Insane asylums in Bengal annual reports 1867-1875 - 1867-1875
Year: 1867
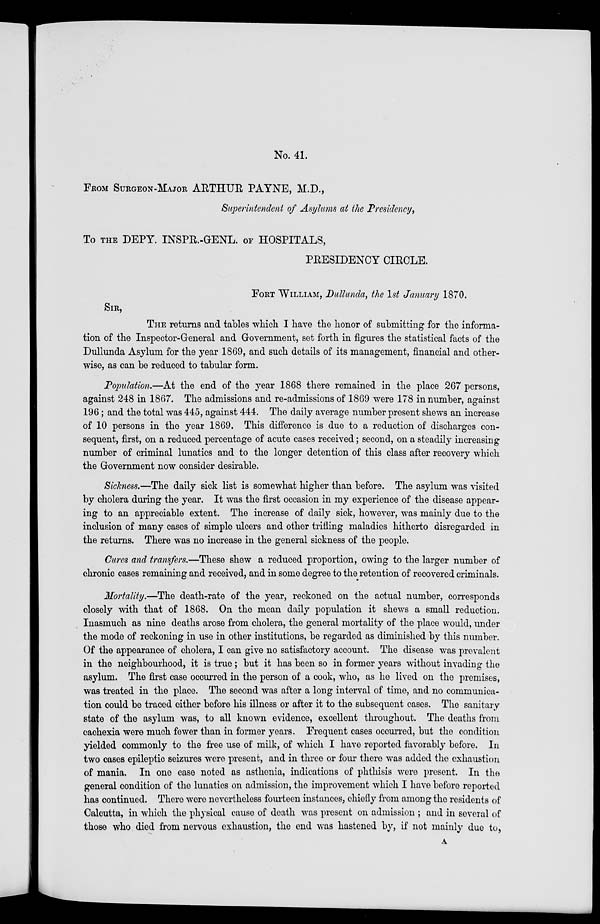
No. 41.
FROM SURGEON-MAJOR ARTHUR PAYNE, M.D.,
Superintendent of Asylums at the Presidency,
To THE DEPY. INSPR.-GENL. OF HOSPITALS,
PRESIDENCY CIRCLE.
FORT WILLIAM, Dullunda, the 1st January 1870.
SIR,
THE returns and tables which I have the honor of submitting for the informa-
tion of the Inspector-General and Government, set forth in figures the statistical facts of the
Dullunda Asylum for the year 1869, and such details of its management, financial and other-
wise, as can be reduced to tabular form.
Population.—At the end of the year 1868 there remained in the place 267 persons,
against 248 in 1867. The admissions and re-admissions of 1869 were 178 in number, against
196; and the total was 445, against 444. The daily average number present shews an increase
of 10 persons in the year 1869. This difference is due to a reduction of discharges con-
sequent, first, on a reduced percentage of acute cases received; second, on a steadily increasing
number of criminal lunatics and to the longer detention of this class after recovery which
the Government now consider desirable.
Sickness.—The daily sick list is somewhat higher than before. The asylum was visited
by cholera during the year. It was the first occasion in my experience of the disease appear-
ing to an appreciable extent. The increase of daily sick, however, was mainly due to the
inclusion of many cases of simple ulcers and other trifling maladies hitherto disregarded in
the returns. There was no increase in the general sickness of the people.
Cures and transfers.—These shew a reduced proportion, owing to the larger number of
chronic cases remaining and received, and in some degree to the retention of recovered criminals.
Mortality.—The death-rate of the year, reckoned on the actual number, corresponds
closely with that of 1868. On the mean daily population it shews a small reduction.
Inasmuch as nine deaths arose from cholera, the general mortality of the place would, under
the mode of reckoning in use in other institutions, be regarded as diminished by this number.
Of the appearance of cholera, I can give no satisfactory account. The disease was prevalent
in the neighbourhood, it is true; but it has been so in former years without invading the
asylum. The first case occurred in the person of a cook, who, as he lived on the premises,
was treated in the place. The second was after a long interval of time, and no communica-
tion could be traced either before his illness or after it to the subsequent cases. The sanitary
state of the asylum was, to all known evidence, excellent throughout. The deaths from
cachexia were much fewer than in former years. Frequent cases occurred, but the condition
yielded commonly to the free use of milk, of which I have reported favorably before. In
two cases epileptic seizures were present, and in three or four there was added the exhaustion
of mania. In one case noted as asthenia, indications of phthisis were present. In the
general condition of the lunatics on admission, the improvement which I have before reported
has continued. There were nevertheless fourteen instances, chiefly from among the residents of
Calcutta, in which the physical cause of death was present on admission ; and in several of
those who died from nervous exhaustion, the end was hastened by, if not mainly due to,
A